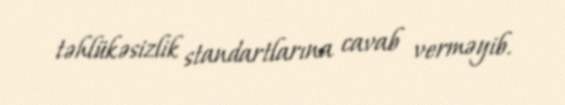
təhlükəsizlik standartlarına cavab verməyib.